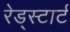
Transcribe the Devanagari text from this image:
रेड्स्टार्ट